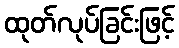
ထုတ်လုပ်ခြင်းဖြင့်